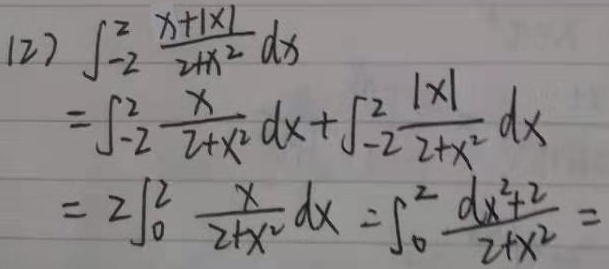
(12) \(\int_{-2}^{2} \frac{x + |x|}{2 + x^{2}} dx\)
\(=\int_{-2}^{2} \frac{x}{2 + x^{2}} dx + \int_{-2}^{2} \frac{|x|}{2 + x^{2}} dx\)
\(= 2\int_{0}^{2} \frac{x}{2 + x^{2}} dx\)
\(=\int_{0}^{2} \frac{d(x^{2}+2)}{2 + x^{2}}\)